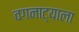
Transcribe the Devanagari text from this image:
वगनाट्याला